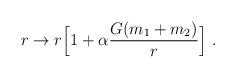
LaTeX: \begin{align*}r \rightarrow r\Big[1+\alpha\frac{G(m_1+m_2)}{r}\Big]~. \end{align*}